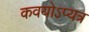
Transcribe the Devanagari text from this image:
कवयोऽप्यत्र